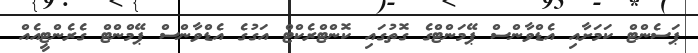
ޕަސެންޓް ކަމަށާއި އެޑްވާންސް ޕޭމަންޓްގެ ގޮތުގައި ކޮންޓްރެކްޓް އަގުގެ އެޑްވާންސް ޕޭމްންޓް ގެރެންޓީއެއް